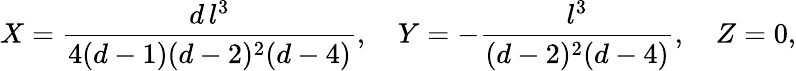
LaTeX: X={\frac{d\, l^{3}}{4(d-1)(d-2)^{2}(d-4)}},\quad Y=-{\frac{l^{3}}{(d-2)^{2}(d-4)}},\quad Z=0,